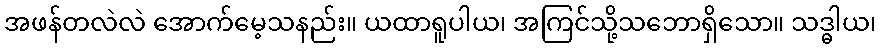
အဖန်တလဲလဲ အောက်မေ့သနည်း။ ယထာရူပါယ၊ အကြင်သို့သဘောရှိသော။ သဒ္ဓါယ၊